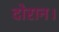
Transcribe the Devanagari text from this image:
दोरान।